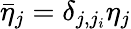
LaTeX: \bar{\eta}_{j}=\delta_{j,j_{i}}\eta_{j}